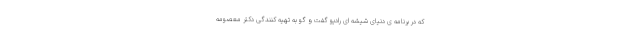
که در برنامه ی دنیای شیشه ای رادیو گفت و گو به تهیه کنندگی دکتر معصومه